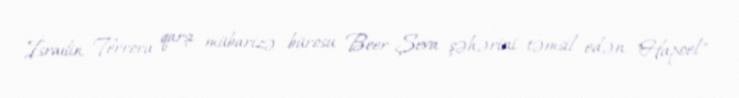
İsrailin Terrora qarşı mübarizə bürosu Beer-Şeva şəhərini təmsil edən "Hapoel"